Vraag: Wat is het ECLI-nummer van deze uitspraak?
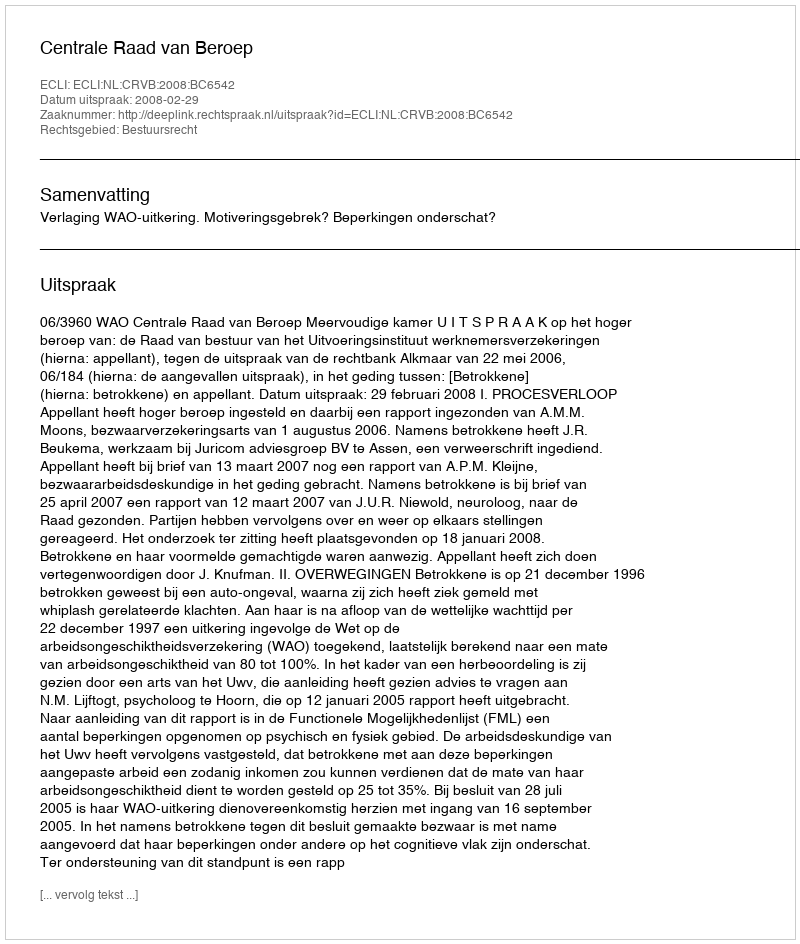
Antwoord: ECLI:NL:CRVB:2008:BC6542